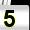
Digit: 5